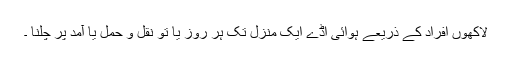
لاکھوں افراد کے ذریعے ہوائی اڈے ایک منزل تک ہر روز یا تو نقل و حمل یا آمد پر چلنا ۔